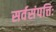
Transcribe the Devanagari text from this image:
सर्वसंपत्तिः